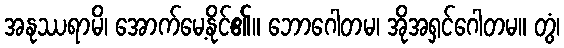
အနုဿရာမိ၊ အောက်မေ့နိုင်၏။ ဘောဂေါတမ၊ အိုအရှင်ဂေါတမ။ တွံ၊